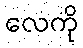
လေကို